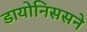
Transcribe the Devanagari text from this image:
डायोनिससने